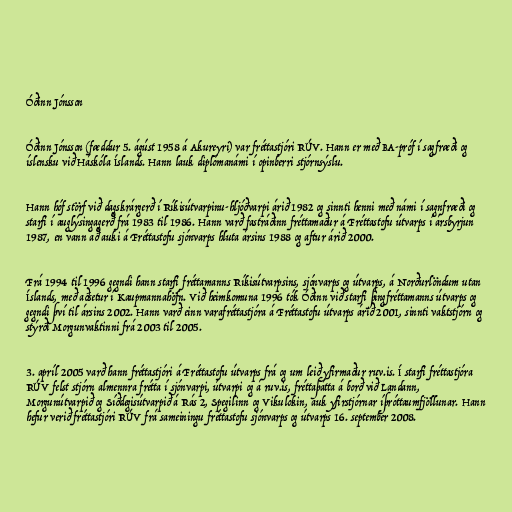
Óðinn Jónsson

Óðinn Jónsson (fæddur 5. ágúst 1958 á Akureyri) var fréttastjóri RÚV. Hann er með BA-próf í sagfræði og
íslensku við Háskóla Íslands. Hann lauk diplómanámi í opinberri stjórnsýslu.

Hann hóf störf við dagskrárgerð í Ríkisútvarpinu-hljóðvarpi árið 1982 og sinnti henni með námi í sagnfræði og
starfi í auglýsingagerð frá 1983 til 1986. Hann varð fastráðinn fréttamaður á Fréttastofu útvarps í ársbyrjun
1987, en vann að auki á Fréttastofu sjónvarps hluta ársins 1988 og aftur árið 2000.

Frá 1994 til 1996 gegndi hann starfi fréttamanns Ríkisútvarpsins, sjónvarps og útvarps, á Norðurlöndum utan
Íslands, með aðsetur í Kaupmannahöfn. Við heimkomuna 1996 tók Óðinn við starfi þingfréttamanns útvarps og
gegndi því til ársins 2002. Hann varð einn varafréttastjóra á Fréttastofu útvarps árið 2001, sinnti vaktstjórn og
stýrði Morgunvaktinni frá 2003 til 2005.

3. apríl 2005 varð hann fréttastjóri á Fréttastofu útvarps frá og um leið yfirmaður ruv.is. Í starfi fréttastjóra
RÚV felst stjórn almennra frétta í sjónvarpi, útvarpi og á ruv.is, fréttaþátta á borð við Landann,
Morgunútvarpið og Síðdegisútvarpið á Rás 2, Spegilinn og Vikulokin, auk yfirstjórnar íþróttaumfjöllunar. Hann
hefur verið fréttastjóri RÚV frá sameiningu fréttastofu sjónvarps og útvarps 16. september 2008.